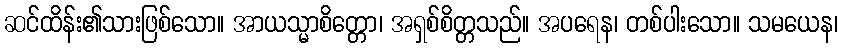
ဆင်ထိန်း၏သားဖြစ်သော။ အာယသ္မာစိတ္တော၊ အရှစ်စိတ္တသည်။ အပရေန၊ တစ်ပါးသော။ သမယေန၊